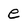
Character: e